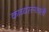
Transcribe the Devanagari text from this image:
काव्यरत्‍नावली